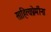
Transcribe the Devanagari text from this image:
साहित्यप्रेमींना